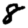
Digit: 8